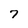
Character: 7